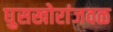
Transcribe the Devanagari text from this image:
घुसखोरांजवळ